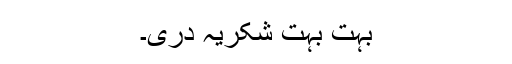
بہت بہت شکریہ دری۔